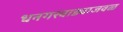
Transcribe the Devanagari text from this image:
धनगरवाड्याजवळ